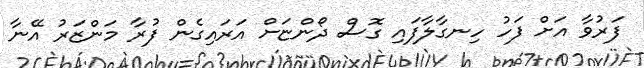
ފަރުވާ އަށް ފަހު ހިނގާލާފައި ގޮސް ދޯންޏަށް އަރައިގެން ފުރާ މަންޒަރު އޭނާ